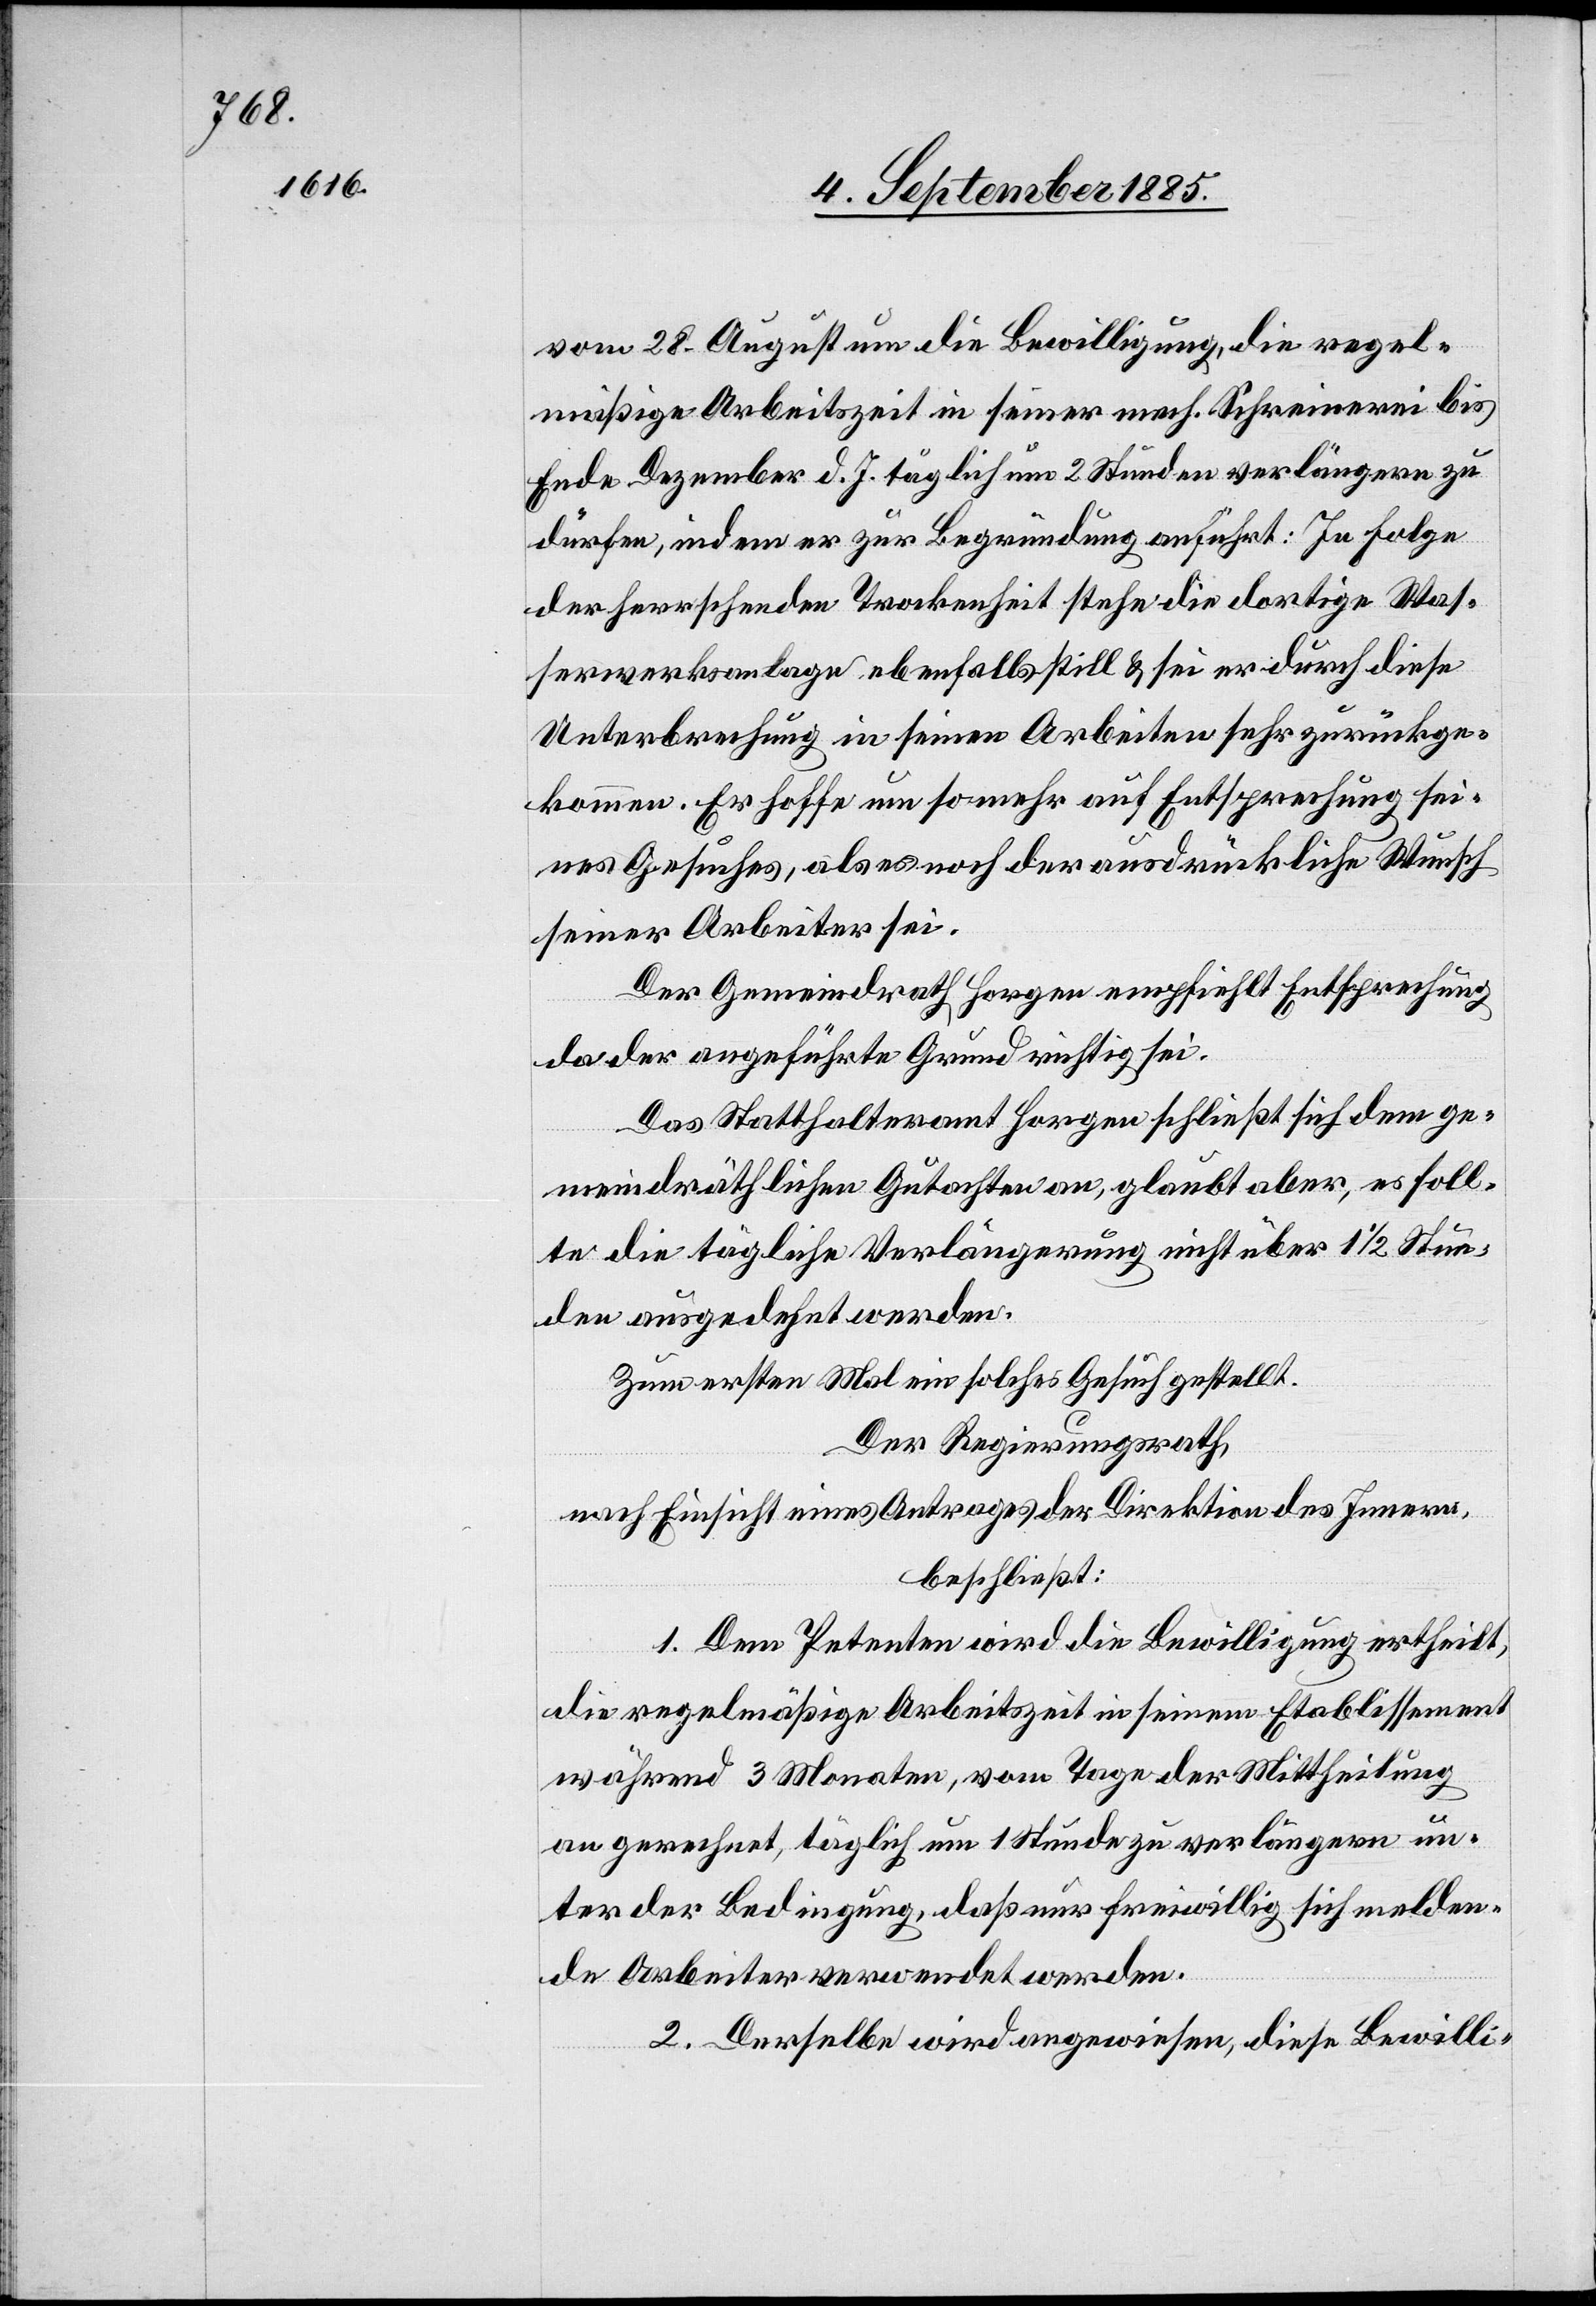
vom 28. August um die Bewilligung, die regel¬
mäßige Arbeitszeit in seiner mech. Schreinerei bis
Ende Dezember d. J. täglich um 2 Stunden verlängern zu
dürfen, indem er zur Begründung anführt: In Folge
der herrschenden Trockenheit stehe die dortige Was¬
serwerksanlage ebenfalls still & sei er durch diese
Unterbrechung in seinen Arbeiten sehr zurückge¬
kommen. Er hoffe um so mehr auf Entsprechung sei¬
nes Gesuches, als es noch der ausdrückliche Wunsch
seiner Arbeiter sei.
Der Gemeindrath Horgen empfiehlt Entsprechung
da der angeführte Grund richtig sei.
Das Statthalteramt Horgen schließt sich dem ge¬
meindräthlichen Gutachten an, glaubt aber, es soll¬
te die tägliche Verlängerung nicht über 1 1/2 Stun¬
den ausgedehnt werden.
Zum ersten Mal ein solches Gesuch gestellt.
Der Regierungsrath,
nach Einsicht eines Antrages der Direktion des Innern,
beschließt:
1. Dem Petenten wird die Bewilligung ertheilt,
die regelmäßige Arbeitszeit in seinem Etablissement
während 3 Monaten, vom Tage der Mittheilung
an gerechnet, täglich um 1 Stunde zu verlängern un¬
ter der Bedingung, daß nur freiwillig sich melden¬
de Arbeiter verwendet werden.
2. Derselbe wird angewiesen, diese Bewilli-